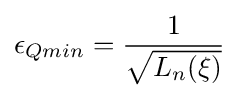
\epsilon _{Qmin}={\frac {1}{\sqrt {L_{n}(\xi )}}}